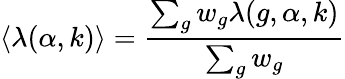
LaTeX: \langle\lambda(\alpha,k)\rangle=\frac{\sum_{g}w_{g}\lambda(g,\alpha,k)}{\sum_{g}w_{g}}